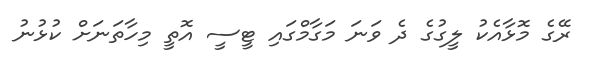
ރޭގެ މޮޅާއެކު ލީގުގެ ދެ ވަނަ މަގާމްގައި ޓީސީ އޮތީ މިހާތަނަށް ކުޅުނު